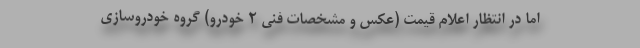
اما در انتظار اعلام قیمت (عکس و مشخصات فنی 2 خودرو) گروه خودروسازی